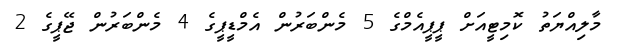
މާލިއްޔަތު ކޮމިޓީއަށް ޕީޕީއެމްގެ 5 މެންބަރުން އެމްޑީޕީގެ 4 މެންބަރުން ޖޭޕީގެ 2